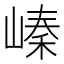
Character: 𡻈